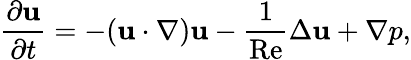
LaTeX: \frac{\partial{\mathbf{u}}}{\partial t}=-({\mathbf{u}}\cdot\nabla){\mathbf{u}}-\frac{1}{\mathrm{Re}}\Delta{\mathbf{u}}+\nabla p,